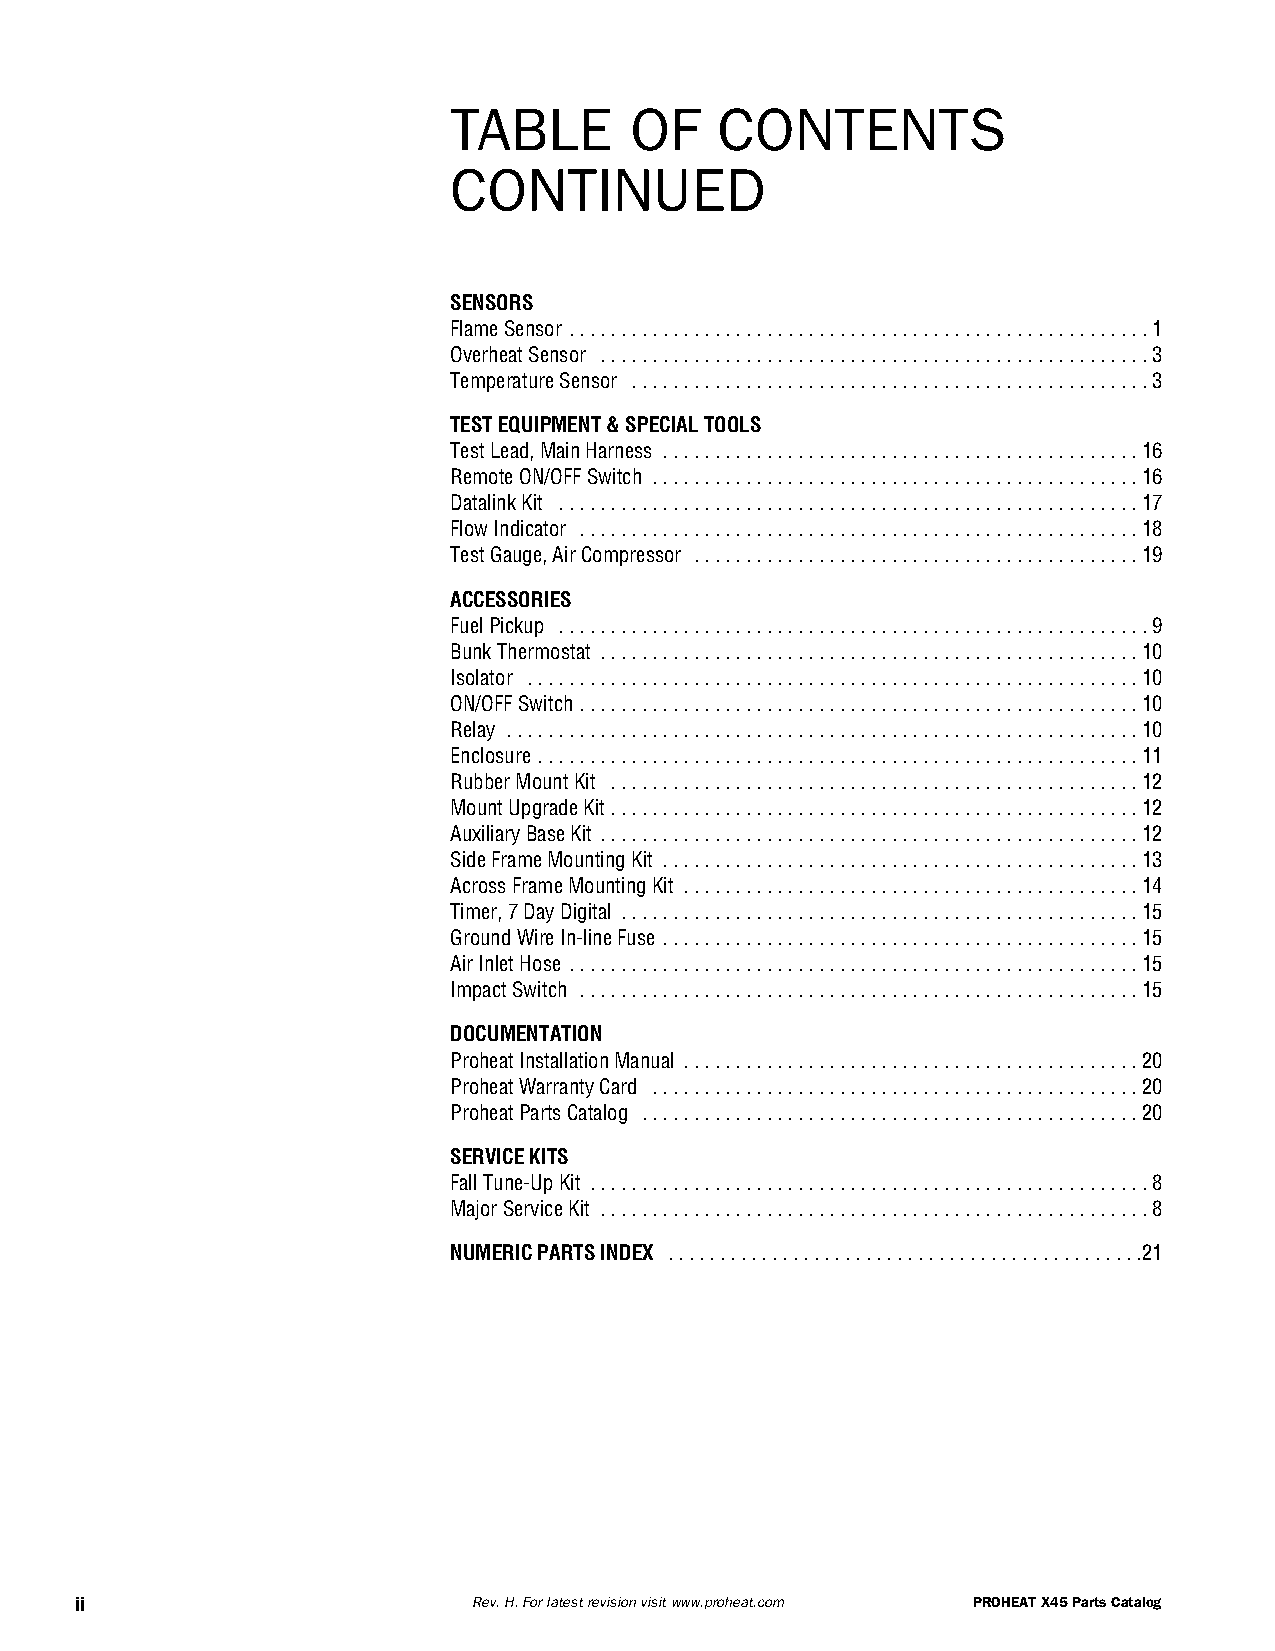
TABLE       OF   CONTENTS
 CONTINUED
 SENSORS
 FlameSensor ........................................................1
 OverheatSensor .....................................................3
 TemperatureSensor ..................................................3
 TESTEQUIPMENT&SPECIALTOOLS
 TestLead,MainHarness ..............................................16
 RemoteON/OFFSwitch ...............................................16
 DatalinkKit ........................................................17
 FlowIndicator ......................................................18
 TestGauge,AirCompressor ...........................................19
 ACCESSORIES
 FuelPickup .........................................................9
 BunkThermostat ....................................................10
 Isolator ...........................................................10
 ON/OFFSwitch......................................................10
 Relay .............................................................10
 Enclosure ..........................................................11
 RubberMountKit ...................................................12
 MountUpgradeKit...................................................12
 AuxiliaryBaseKit ....................................................12
 SideFrameMountingKit ..............................................13
 AcrossFrameMountingKit ............................................14
 Timer,7DayDigital ..................................................15
 GroundWireIn-lineFuse ..............................................15
 AirInletHose .......................................................15
 ImpactSwitch ......................................................15
 DOCUMENTATION
 ProheatInstallationManual ............................................20
 ProheatWarrantyCard ...............................................20
 ProheatPartsCatalog ................................................20
 SERVICEKITS
 FallTune-UpKit ......................................................8
 MajorServiceKit .....................................................8
 NUMERICPARTSINDEX ..............................................21
 ii                        Rev.H.Forlatestrevisionvisitwww.proheat.com PROHEATX45PartsCatalog